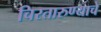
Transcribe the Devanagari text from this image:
चिरतारुण्याचे